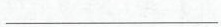
___